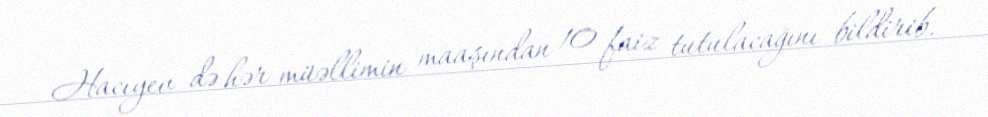
Hacıyev də hər müəllimin maaşından 10 faiz tutulacağını bildirib.